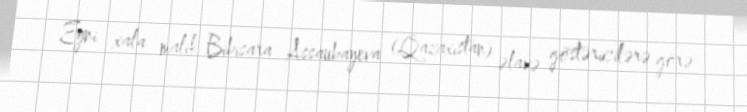
Eyni xala malik Bibisara Assaubayeva (Qazaxıstan) əlavə göstəricilərə görə